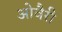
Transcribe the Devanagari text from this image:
ओवैरी